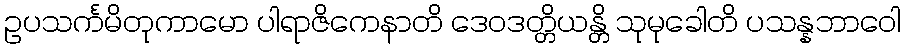
ဥပသင်္ကမိတုကာမော ပါရာဇိကေနာတိ ဒေဝဒတ္တိယန္တိ သုမုခေါတိ ပသန္နဘာဝေါ